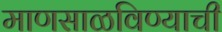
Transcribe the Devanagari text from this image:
माणसाळविण्याची